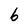
Character: b